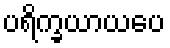
ပရိက္ခယာယပေ